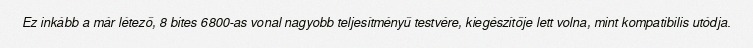
Ez inkább a már létező, 8 bites 6800-as vonal nagyobb teljesítményű testvére, kiegészítője lett volna, mint kompatibilis utódja.